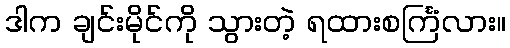
ဒါက ချင်းမိုင်ကို သွားတဲ့ ရထားစင်္ကြံလား။